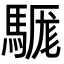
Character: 𩤴